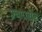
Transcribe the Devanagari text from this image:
प्रचारातील